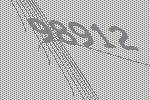
98912